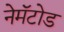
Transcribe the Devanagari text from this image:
नेमॅटोड